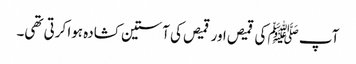
آپ ﷺ کی قمیص اور قمیص کی آستین کشادہ ہوا کرتی تھی۔